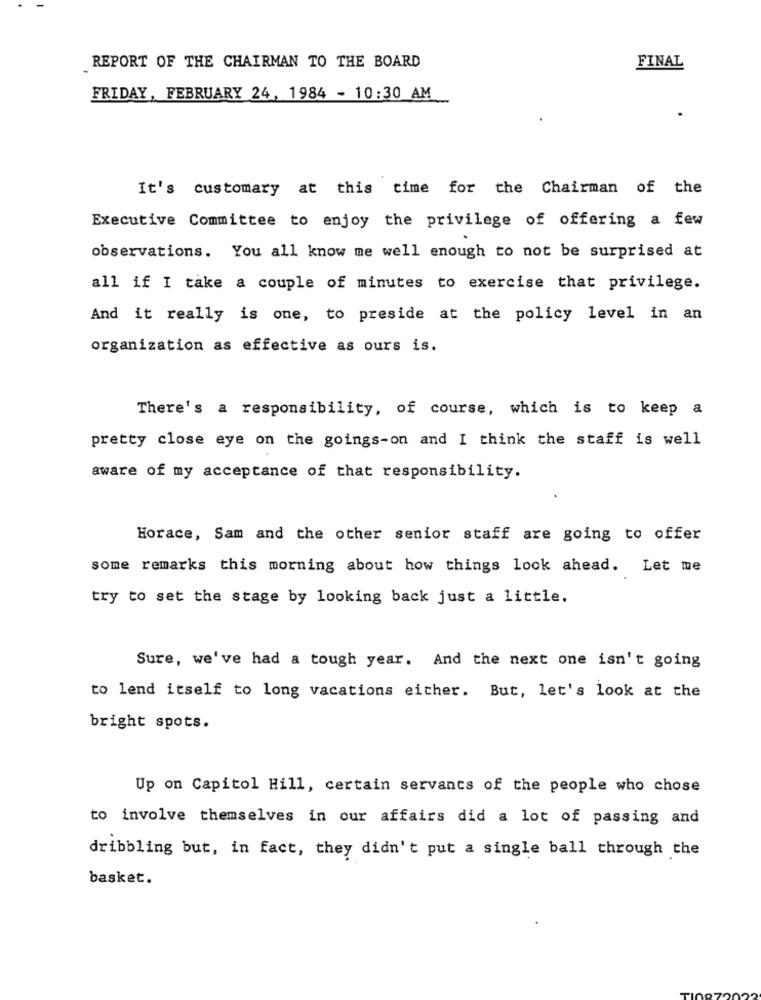
REPORT OF THE CHAIRMAN TO THE BOARD
FINAL
FRIDAY, FEBRUARY 24, 1984 - 10:30 AM
It's customary at this time for the Chairman of the
Executive Committee to enjoy the privilege of offering a few
observations. You all know me well enough to not be surprised at
all if I take a couple of minutes to exercise that privilege.
And it really is one, to preside at the policy level in an
organization as effective as ours is.
There's a responsibility, of course, which is to keep a
pretty close eye on the goings-on and I think the staff is well
aware of my acceptance of that responsibility.
Horace, Sam and the other senior staff are going to offer
some remarks this morning about how things look ahead. Let me
try to set the stage by looking back just a little.
Sure, we've had a tough year. And the next one isn't going
to lend itself to long vacations either. But, let's look at the
bright spots.
Up on Capitol Hill, certain servants of the people who chose
to involve themselves in our affairs did a lot of passing and
dribbling but, in fact, they didn't put a single ball through the
basket.